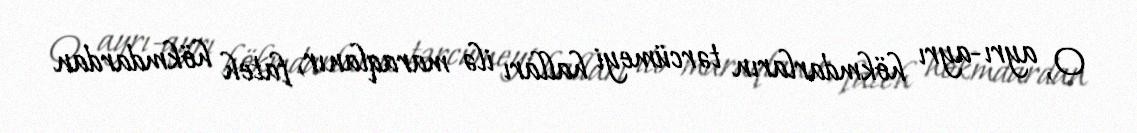
O, ayrı-ayrı hökmdarların tərcümeyi halları ilə maraqlanır, fateh hökmdardan